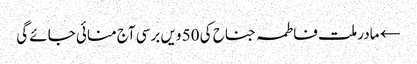
← مادر ملت فاطمہ جناح کی 50 ویں برسی آج منائی جائے گی